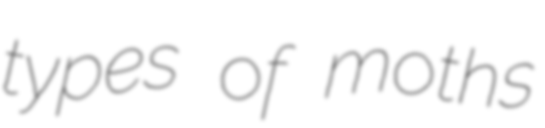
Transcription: types of moths